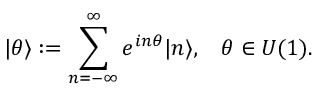
\vert \theta \rangle : = \sum _ { n = - \infty } ^ { \infty } e ^ { i n \theta } \vert n \rangle , \: \: \: \: \theta \in U ( 1 ) .